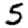
Digit: 5